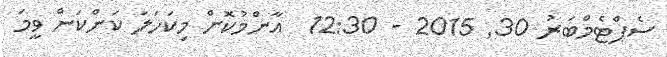
ސެޕްޓެމްބަރު 30